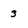
Character: 3